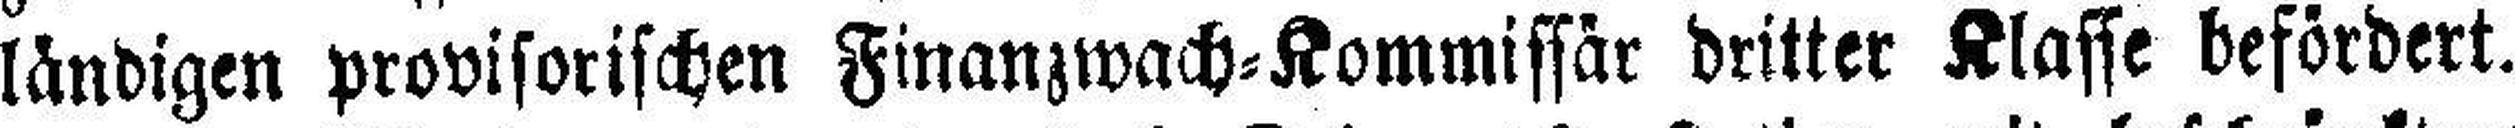
ländigen provisorischen Finanzwach=Kommissär dritter Klasse befördert.